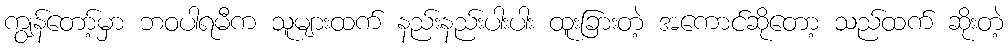
ကျွန်တော့်မှာ ဘဝပါရမီက သူများထက် နည်းနည်းပါးပါး ထူးခြားတဲ့ အကောင်ဆိုတော့ သည်ထက် ဆိုးတဲ့